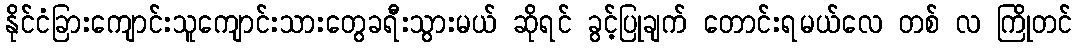
နိုင်ငံခြားကျောင်းသူကျောင်းသားတွေခရီးသွားမယ် ဆိုရင် ခွင့်ပြုချက် တောင်းရမယ်လေ တစ် လ ကြိုတင်